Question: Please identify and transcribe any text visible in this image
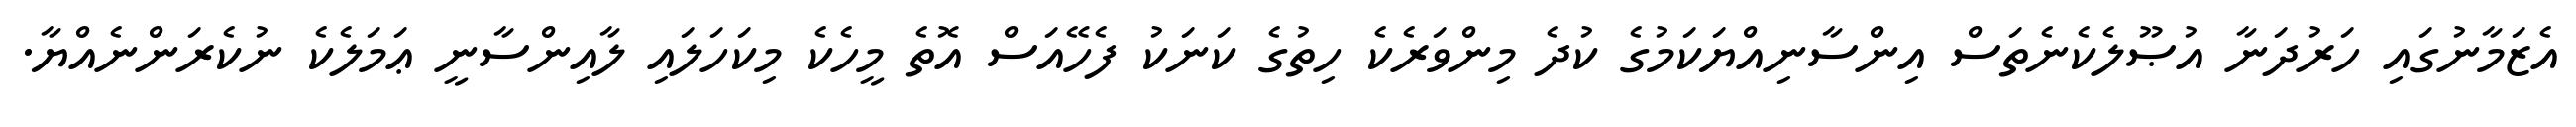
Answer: އެޒަމާނުގައި ހަރުދަނާ އުޞޫލެކެނެތަސް އިންސާނިއްޔަކަމުގެ ކުދެ މިންވަރެކެ ހިތުގެ ކަނަކު ފެހޭއަސް އޮތެ މީހެކެ މިކަހަލައި ލާއިންސާނީ ޢަމަލެކެ ނުކެރަންނެއްޔާ.